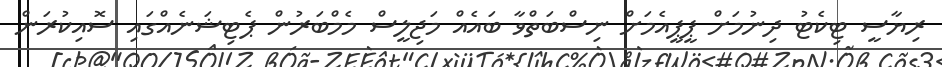
ރިޔާސީ ޓިކެޓު ދިނުމަށް ޕީޕީއެމަށް ނިސްބަތްވާ ބައެއް މަޖިލީސް މެމްބަރުން ޕެޓިޝަނެއްގައި ސޮއިކުރަން